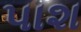
પાશ